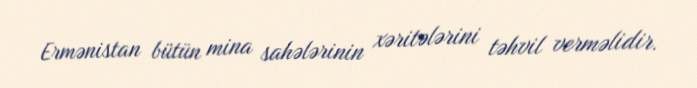
Ermənistan bütün mina sahələrinin xəritələrini təhvil verməlidir.